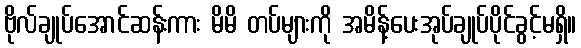
ဗိုလ်ချုပ်အောင်ဆန်းကား မိမိ တပ်များကို အမိန့်ပေးအုပ်ချုပ်ပိုင်ခွင့်မရှိ။